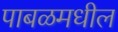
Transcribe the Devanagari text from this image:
पाबळमधील